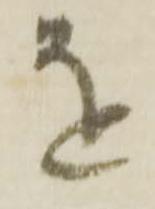
を